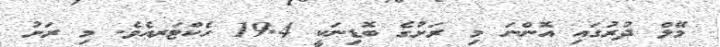
މޭލް ދުރުގައި އޮންނަ މި ރަށުގެ ބޮޑިނަކީ 19.4 ހެކްޓަރއެވެ. މި ރަށު